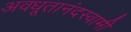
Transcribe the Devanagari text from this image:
अवधूतानंदस्वामी